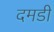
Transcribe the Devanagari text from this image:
दमडी